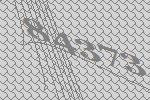
84373